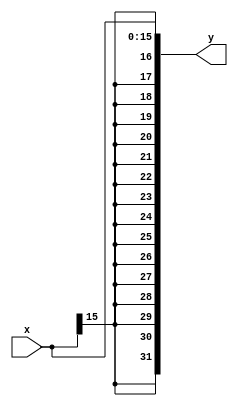
module sign_extend(
				output [31:0]y,
				input [15:0]x);

	assign y={{16{x[15]}},x};
endmodule
/*-------------------------*/
module testbench_sign_extend();
	
	reg [15:0]x;
	wire [31:0]y;
	
	sign_extend my_sign_extend(y,x);

	initial begin
	//case1: x is anehative number
	#2 x=16'h FFFF;
	$monitor("%h",y);
	//case2: x is apositive number
	#2 x=16'h 5;
	$monitor("%h",y);
	end	 
endmodule